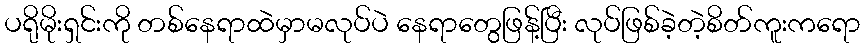
ပရိုမိုးရှင်းကို တစ်နေရာထဲမှာမလုပ်ပဲ နေရာတွေဖြန့်ပြီး လုပ်ဖြစ်ခဲ့တဲ့စိတ်ကူးကရော